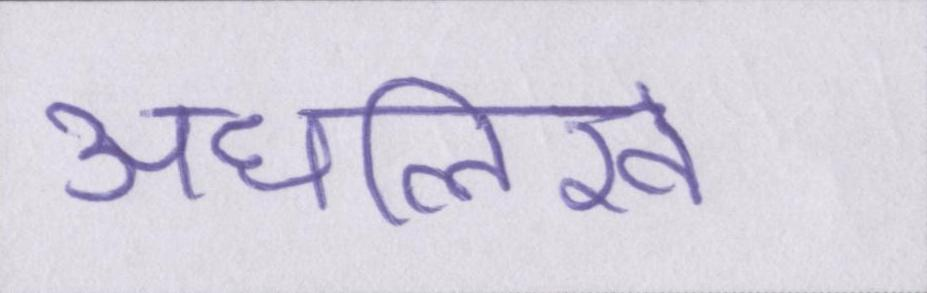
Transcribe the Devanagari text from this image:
अधलिखे